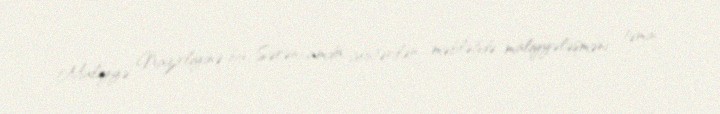
Maliyyə Nazirliyinə bu Sərəncamda göstərilən məbləğdə maliyyələşməni təmin